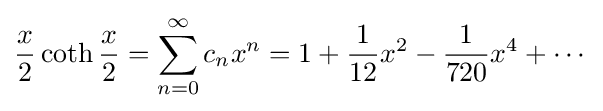
{\frac {x}{2}}\coth {\frac {x}{2}}=\sum _{n=0}^{\infty }c_{n}x^{n}=1+{\frac {1}{12}}x^{2}-{\frac {1}{720}}x^{4}+\cdots